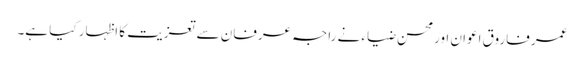
عمر فاروق اعوان اور محسن ضیاء نے راجہ عرفان سے تعزیت کا اظہار کیا ہے۔